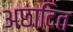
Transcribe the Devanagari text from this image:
अछादित